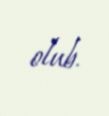
olub.